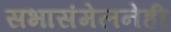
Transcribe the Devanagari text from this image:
सभासंमेलनेही